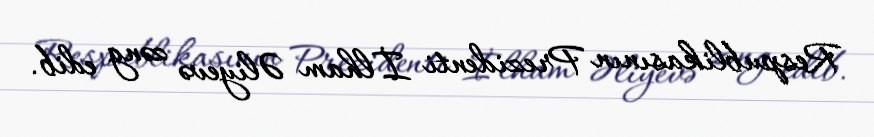
Respublikasının Prezidenti İlham Əliyevə zəng edib.